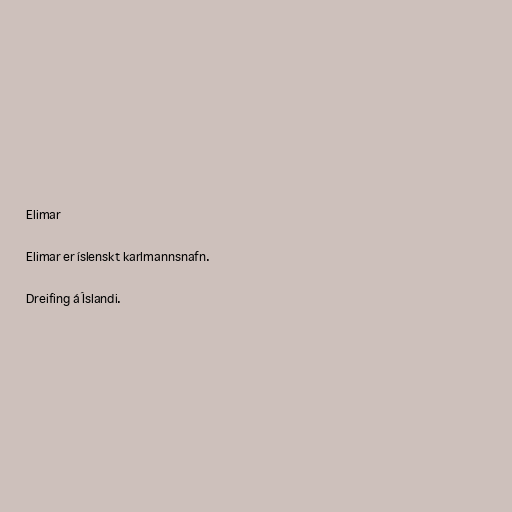
Elimar

Elimar er íslenskt karlmannsnafn.

Dreifing á Íslandi.